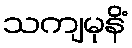
သကျမုနိံ